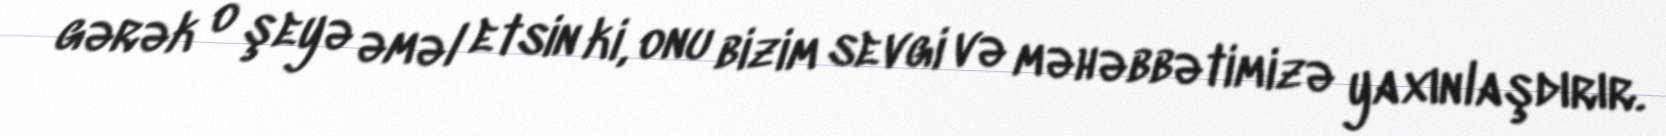
gərək o şeyə əməl etsin ki, onu bizim sevgi və məhəbbətimizə yaxınlaşdırır.